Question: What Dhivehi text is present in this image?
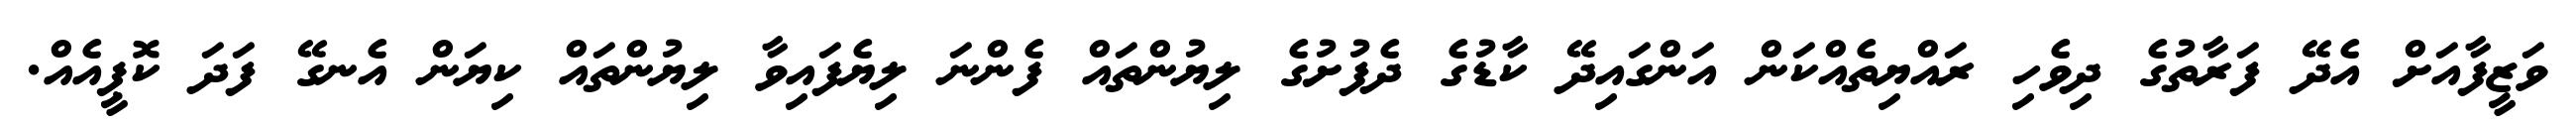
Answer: ވަޒީފާއަށް އެދޭ ފަރާތުގެ ދިވެހި ރައްޔިތެއްކަން އަންގައިދޭ ކާޑުގެ ދެފުށުގެ ލިޔުންތައް ފެންނަ ލިޔެފައިވާ ލިޔުންތައް ކިޔަން އެނގޭ ފަދަ ކޮޕީއެއް.